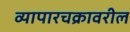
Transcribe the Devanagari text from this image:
व्यापारचक्रावरील